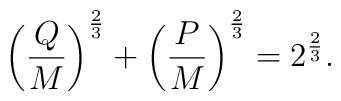
\left({Q\over M}\right)^{2\over 3} + \left({P\over M}\right)^{2\over 3} =2^{2\over 3}.